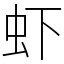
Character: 虾